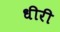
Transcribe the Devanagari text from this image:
धीरी